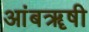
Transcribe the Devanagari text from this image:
आंबॠषी